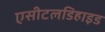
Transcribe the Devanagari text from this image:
एसीटलडिहाइड